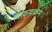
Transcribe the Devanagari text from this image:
पाठ्‍यक्रम